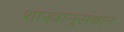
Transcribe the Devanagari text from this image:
शास्त्रानुसंधान